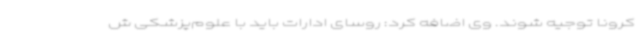
کرونا توجیه شوند. وی اضافه کرد: روسای ادارات باید با علوم‌پزشکی ش